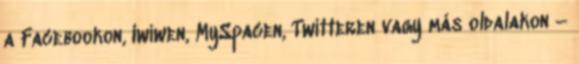
a Facebookon, Iwiwen, MySpacen, Twitteren vagy más oldalakon –